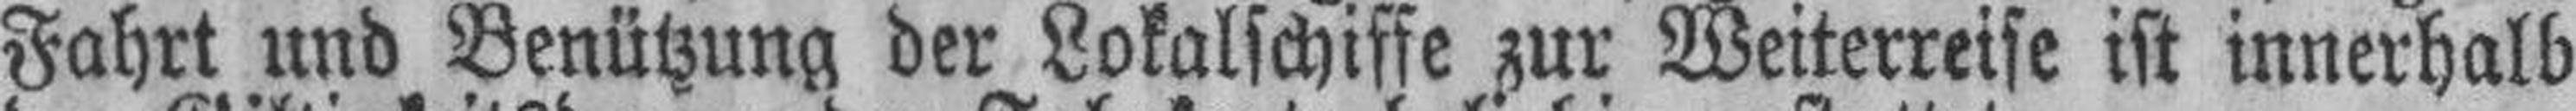
Fahrt und Benützung der Lokalschiffe zur Weiterreise ist innerhalb